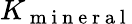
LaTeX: K_{\mathrm{~m~i~n~e~r~a~l~}}